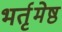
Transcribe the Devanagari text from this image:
भर्तृमेष्ठ